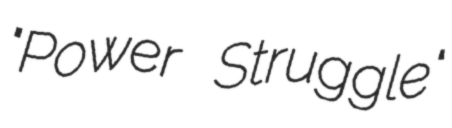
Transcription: "Power Struggle"